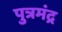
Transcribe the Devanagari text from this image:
पुत्रमंद्र